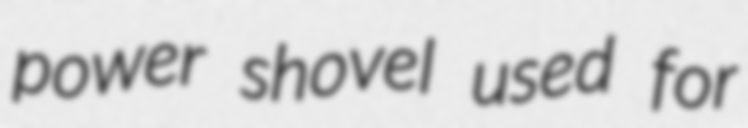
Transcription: power shovel used for